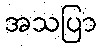
အသပြာ